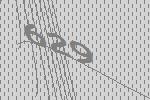
629